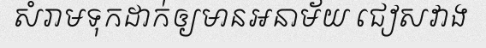
សំរាមទុកដាក់ឲ្យមានអនាម័យ ជៀសវាង